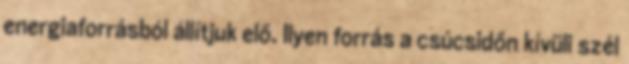
energiaforrásból állítjuk elő. Ilyen forrás a csúcsidőn kívüli szél